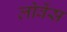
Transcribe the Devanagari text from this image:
लोवेंस